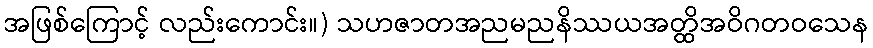
အဖြစ်ကြောင့် လည်းကောင်း။) သဟဇာတအညမညနိဿယအတ္ထိအဝိဂတဝသေန